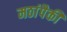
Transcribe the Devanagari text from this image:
मठांपैकी